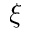
\xi